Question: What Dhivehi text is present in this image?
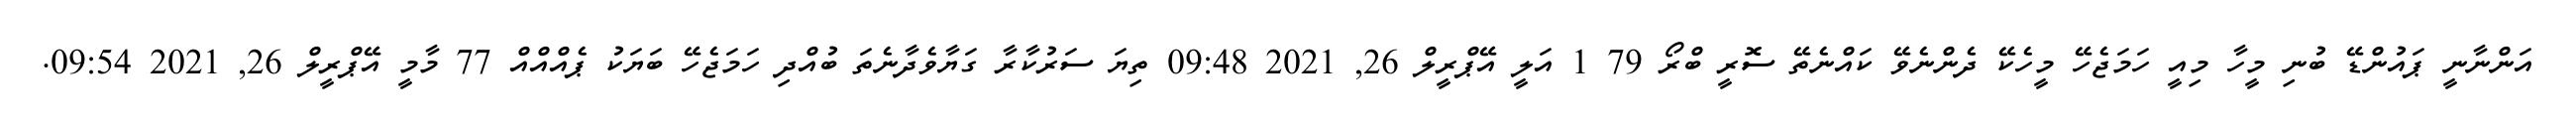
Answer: އަންނާނީ ޕައުންޑޭ ބުނި މީހާ މިއީ ހަމަޖެހޭ މީހެކޭ ދެންނެވޭ ކައްނެތޭ ސޮރީ ބްރޯ 79 1 އަލީ އޭޕްރީލް 26, 2021 09:48 ތިޔަ ސަރުކާރާ ގަޔާވެދާނެތަ ބުއްދި ހަމަޖެހޭ ބަޔަކު ޕެއްއްއް 77 މާމީ އޭޕްރީލް 26, 2021 09:54.